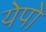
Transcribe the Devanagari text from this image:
येपो